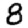
Digit: 8